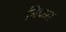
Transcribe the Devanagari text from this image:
निकल